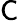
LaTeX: \mathsf{C}